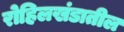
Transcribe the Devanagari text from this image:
रोहिलखंडातील